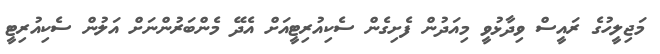
މަޖިލީހުގެ ރައީސް ވިދާޅުވީ މިއަދުން ފެށިގެން ސެކިއުރިޓީއަށް އެދޭ މެންބަރުންނަށް އަލުން ސެކިއުރިޓީ